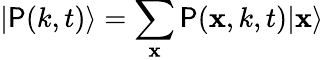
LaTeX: |\mathsf{P}(k,t)\rangle=\sum_{\mathbf{{x}}}\mathsf{P}(\mathbf{{x}},k,t)|\mathbf{{x}}\rangle